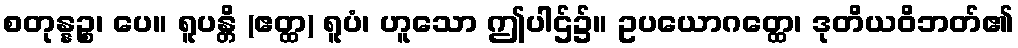
စတုန္နဉ္စ၊ ပေ။ ရူပန္တိ (ဧတ္ထ) ရူပံ၊ ဟူသော ဤပါဌ်၌။ ဥပယောဂတ္ထေ၊ ဒုတိယဝိဘတ်၏